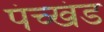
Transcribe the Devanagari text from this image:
पंच्खंड